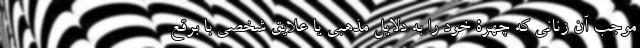
موجب آن زنانی که چهرۀ خود را به دلایل مذهبی یا علایق شخصی با برقع